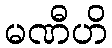
မဏီဟိ